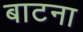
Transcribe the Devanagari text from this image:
बाटना